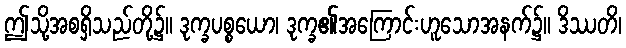
ဤသို့အစရှိသည်တို့၌။ ဒုက္ခပစ္စယော၊ ဒုက္ခ၏အကြောင်းဟူသောအနက်၌။ ဒိဿတိ၊